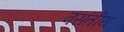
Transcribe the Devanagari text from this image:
वसंतीय